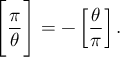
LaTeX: { \Bigg [ } { \frac { \pi } { \theta } } { \Bigg ] } = - \left[ { \frac { \theta } { \pi } } \right] .